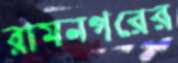
রামনগরের